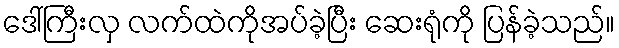
ဒေါ်ကြီးလှ လက်ထဲကိုအပ်ခဲ့ပြီး ဆေးရုံကို ပြန်ခဲ့သည်။